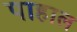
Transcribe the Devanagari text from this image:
पाहाल